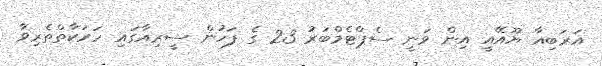
އަރަބިއާ ޔޫއޭއީ އިން ވަނީ ސެޕްޓެމްބަރު 23 ގެ ފަހުން ސީރިއާގައި ހަރަކާތްތެރިވާ